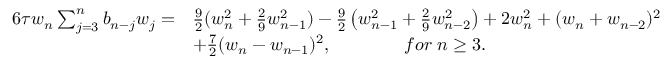
\begin{array} { r l } { 6 \tau w _ { n } \sum _ { j = 3 } ^ { n } b _ { n - j } w _ { j } = } & { \frac { 9 } { 2 } ( w _ { n } ^ { 2 } + \frac { 2 } { 9 } w _ { n - 1 } ^ { 2 } ) - \frac { 9 } { 2 } \left( w _ { n - 1 } ^ { 2 } + \frac { 2 } { 9 } w _ { n - 2 } ^ { 2 } \right) + 2 w _ { n } ^ { 2 } + ( w _ { n } + w _ { n - 2 } ) ^ { 2 } } \\ & { + \frac { 7 } { 2 } ( w _ { n } - w _ { n - 1 } ) ^ { 2 } , \qquad \qquad f o r \; n \ge 3 . } \end{array}